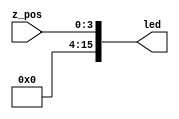
`timescale 1ns / 1ps
//////////////////////////////////////////////////////////////////////////////////
// Company: 
// Engineer: 
// 
// Design Name: 
// Module Name: mouse_scroll
// Project Name: 
// Target Devices: 
// Tool Versions: 
// Description: 
// 
// Dependencies: 
// 
// Revision:
// Revision 0.01 - File Created
// Additional Comments:
// 
//////////////////////////////////////////////////////////////////////////////////


module mouse_scroll(
    input [3:0] z_pos,
    output [15:0] led
    );
    
    assign led = z_pos;
endmodule